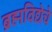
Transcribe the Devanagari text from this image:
ब्रह्मविद्येचे